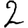
Digit: 2